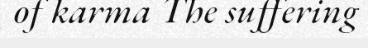
of karma The suffering